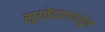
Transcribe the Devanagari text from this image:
सूयोंदयापासून